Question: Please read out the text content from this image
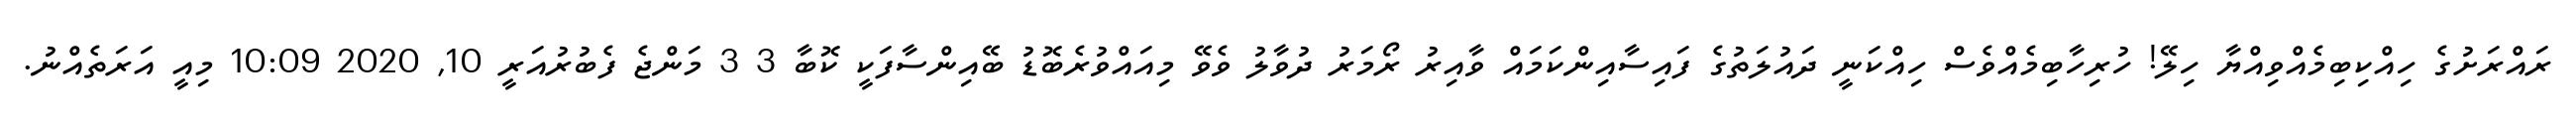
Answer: ރައްރަށުގެ ހިއްކިބިމެއްވިއްޔާ ހިލޭ! ހުރިހާބިމެއްވެސް ހިއްކަނީ ދައުލަތުގެ ފައިސާއިންކަމައް ވާއިރު ރޯމަރު ދުވާލު ވެވޭ މިއައްވުރެބޮޑު ބޭއިންސާފަކީ ކޮބާ 3 3 މަންޖެ ފެބުރުއަރީ 10, 2020 10:09 މިއީ އަރަތެއްނު.